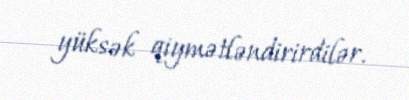
yüksək qiymətləndirirdilər.